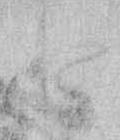
た